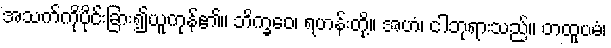
အသက်ကိုပိုင်းခြား၍ယူကုန်၏။ ဘိက္ခဝေ၊ ရဟန်းတို့။ အဟံ၊ ငါဘုရားသည်။ တထူပမံ၊